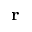
\mathbf { r }